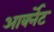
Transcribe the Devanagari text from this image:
आर्क्नेट